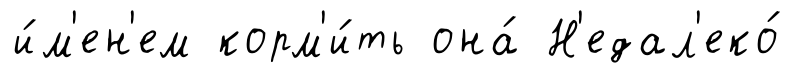
и́м'ен'ем корм'и́ть она́ Н'едал'еко́